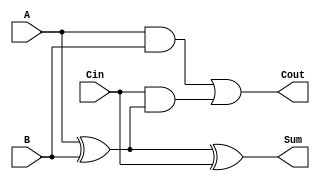
`timescale 1ns / 1ps
//////////////////////////////////////////////////////////////////////////////////
// Company: 
// Engineer: 
// 
// Design Name: 
// Module Name:    Full_Adder 
// Project Name: 
// Target Devices: 
// Tool versions: 
// Description: 
//
// Dependencies: 
//
// Revision: 
// Revision 0.01 - File Created
// Additional Comments: 
//
//////////////////////////////////////////////////////////////////////////////////
module Full_Adder(
	output Sum,
	output Cout,
	input A,
	input B,
	input Cin
    );
	
	wire s1 , c1 , c2;
	xor (s1 , A , B);
	xor (Sum , s1 , Cin);
	and (c1 , A , B);
	and (c2 , Cin , s1);
	or (Cout , c1 , c2);


endmodule